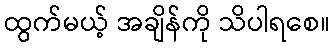
ထွက်မယ့် အချိန်ကို သိပါရစေ။